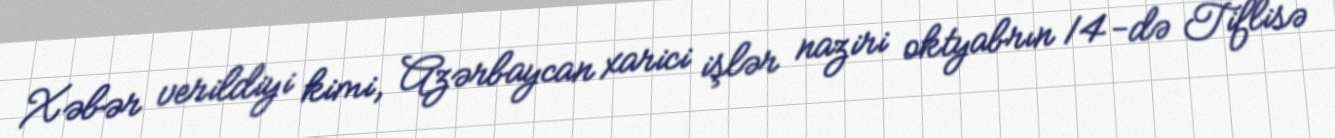
Xəbər verildiyi kimi, Azərbaycan xarici işlər naziri oktyabrın 14-də Tiflisə